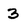
Character: 3